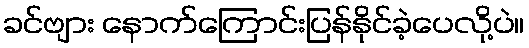
ခင်ဗျား နောက်ကြောင်းပြန်နိုင်ခဲ့ပေလို့ပဲ။